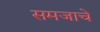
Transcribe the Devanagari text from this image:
समजाचे